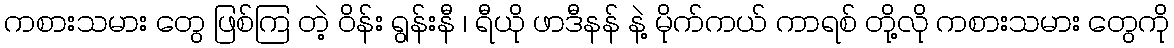
ကစားသမား တွေ ဖြစ်ကြ တဲ့ ဝိန်း ရွန်းနီ ၊ ရီယို ဖာဒီနန် နဲ့ မိုက်ကယ် ကာရစ် တို့လို ကစားသမား တွေကို